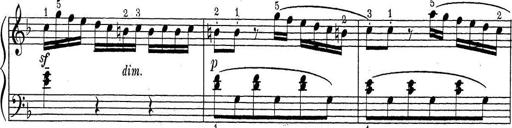
Title: ÄŒeskÃ© Sonatiny
Composer: Various